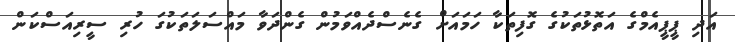
އަދި ޕީޕީއެމްގެ އަތޮޅުތަކުގެ ގޮފިތަކާ ހަމައަށް ގެނެސްދެއްވަމުން ގެންދަވާ މައްސަލަތަކުގަ ހުރި ސީރިއަސްކަން